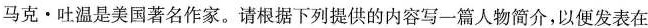
马克·吐温是美国著名作家。请根据下列提供的内容写一篇人物简介，以便发表在